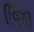
જિિી